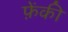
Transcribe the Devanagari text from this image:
फ़ेंकी